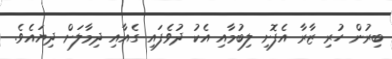
ބިރުން ހުރި ޒާރާ އެފޮށި ލިބުމާއި އެކު ދުވެފައި ގެއާއި ދިމާލަށް ދިޔައެވެ.